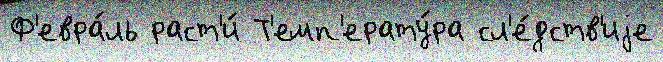
Ф'евра́ль раст'и́ Т'емп'ерату́ра сл'е́дств'иjе